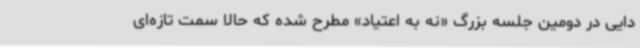
دایی در دومین جلسه بزرگ «نه به اعتیاد» مطرح شده که حالا سمت تازه‌ای